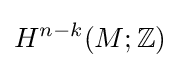
H^{n-k}(M;\mathbb {Z} )